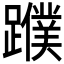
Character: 𨆯